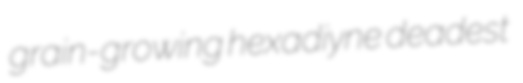
grain-growing hexadiyne deadest